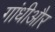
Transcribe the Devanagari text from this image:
गांधीऔर